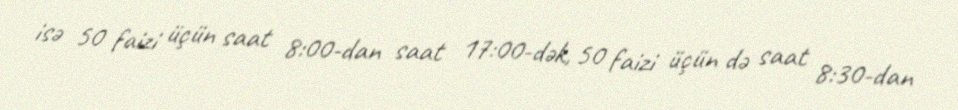
isə 50 faizi üçün saat 8:00-dan saat 17:00-dək, 50 faizi üçün də saat 8:30-dan